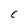
Character: C